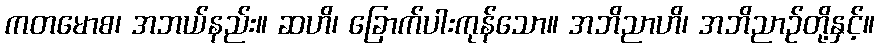
ကတမောစ၊ အဘယ်နည်း။ ဆဟိ၊ ခြောက်ပါးကုန်သော။ အဘိညာဟိ၊ အဘိညာဉ်တို့နှင့်။